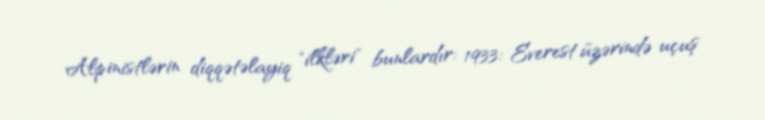
Alpinistlərin diqqətəlayiq "ilkləri" bunlardır: 1933: Everest üzərində uçuş